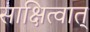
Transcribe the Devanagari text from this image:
साक्षित्वात्